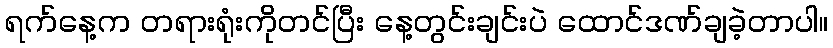
ရက်နေ့က တရားရုံးကိုတင်ပြီး နေ့တွင်းချင်းပဲ ထောင်ဒဏ်ချခဲ့တာပါ။